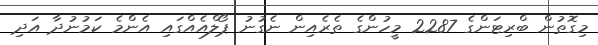
މިގޮތުން ބްރިޓަންގެ 2287 މީހުންގެ ތެރެއިން ނެގުނު ޕޯލްއެއްގައި އެންމެ ކަމުނުދާ އަދި